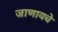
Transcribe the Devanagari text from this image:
जाणायचे